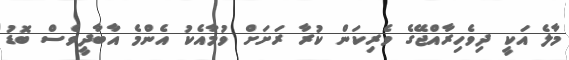
މާލެ އަކީ ދިވެހިރާއްޖޭގެ ވެރިކަން ކުރާ ރަށަށް ވުމާއެކު އެންމެ އާބާދީވެސް ބޮޑު